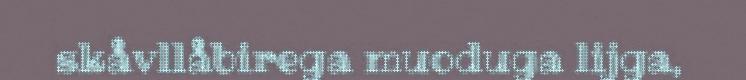
skåvllåbirega muoduga lijga,